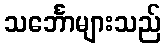
သင်္ဘောများသည်